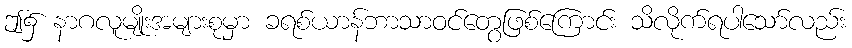
ဤ၌ နာဂလူမျိုးအများစုမှာ ခရစ်ယာန်ဘာသာဝင်တွေဖြစ်ကြောင်း သိလိုက်ရပါသော်လည်း